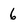
Character: 6